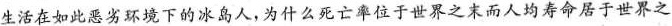
生活在如此恶劣环境下的冰岛人，为什么死亡率位于世界之末而人均寿命居于世界之